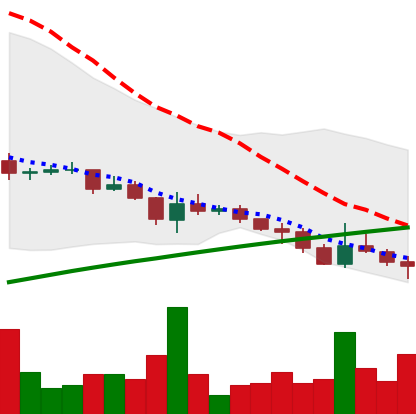
Ticker: DOGE-USD
Chart end date: 2021-07-20
Forward return: 15.845%
Label: up_7plus